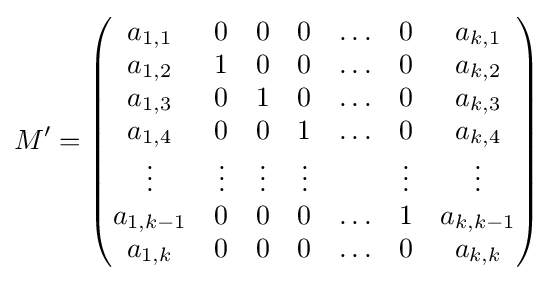
M'={\begin{pmatrix}a_{1,1}&0&0&0&\ldots &0&a_{k,1}\\a_{1,2}&1&0&0&\ldots &0&a_{k,2}\\a_{1,3}&0&1&0&\ldots &0&a_{k,3}\\a_{1,4}&0&0&1&\ldots &0&a_{k,4}\\\vdots &\vdots &\vdots &\vdots &&\vdots &\vdots \\a_{1,k-1}&0&0&0&\ldots &1&a_{k,k-1}\\a_{1,k}&0&0&0&\ldots &0&a_{k,k}\end{pmatrix}}